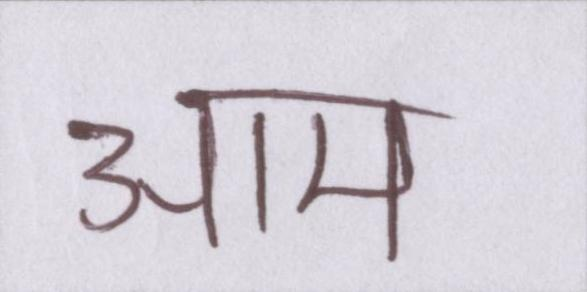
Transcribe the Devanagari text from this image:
आम